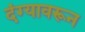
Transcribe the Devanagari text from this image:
दंग्यावरून